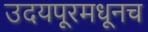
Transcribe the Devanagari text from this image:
उदयपूरमधूनच